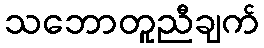
သဘောတူညီချက်